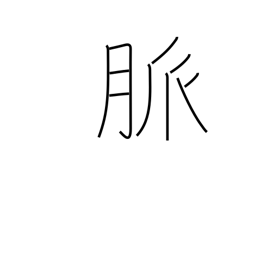
Meaning: pulse